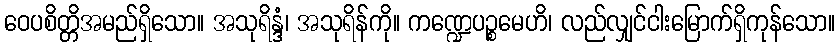
ဝေပစိတ္တိအမည်ရှိသော။ အသုရိန္ဒံ၊ အသုရိန်ကို။ ကဏ္ဍေပဉ္စမေဟိ၊ လည်လျှင်ငါးမြောက်ရှိကုန်သော။